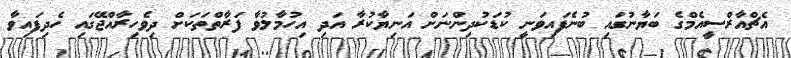
އެޗްއާރްސީއެމްގެ ބަޔާނުގައި ބުނެފައިވަނީ ކުޑަކުދިންނަށް އަނިޔާކުރާ އަދި އިހުމާލުވާ ފަރާތްތަކަށް ދިވެހިރާއްޖޭގައި ހެދިފައިވާ